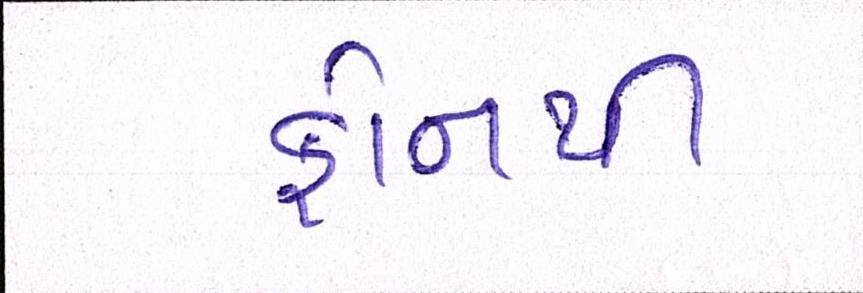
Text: ફોનથી